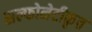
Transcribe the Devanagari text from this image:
सल्फोनेटीकृत